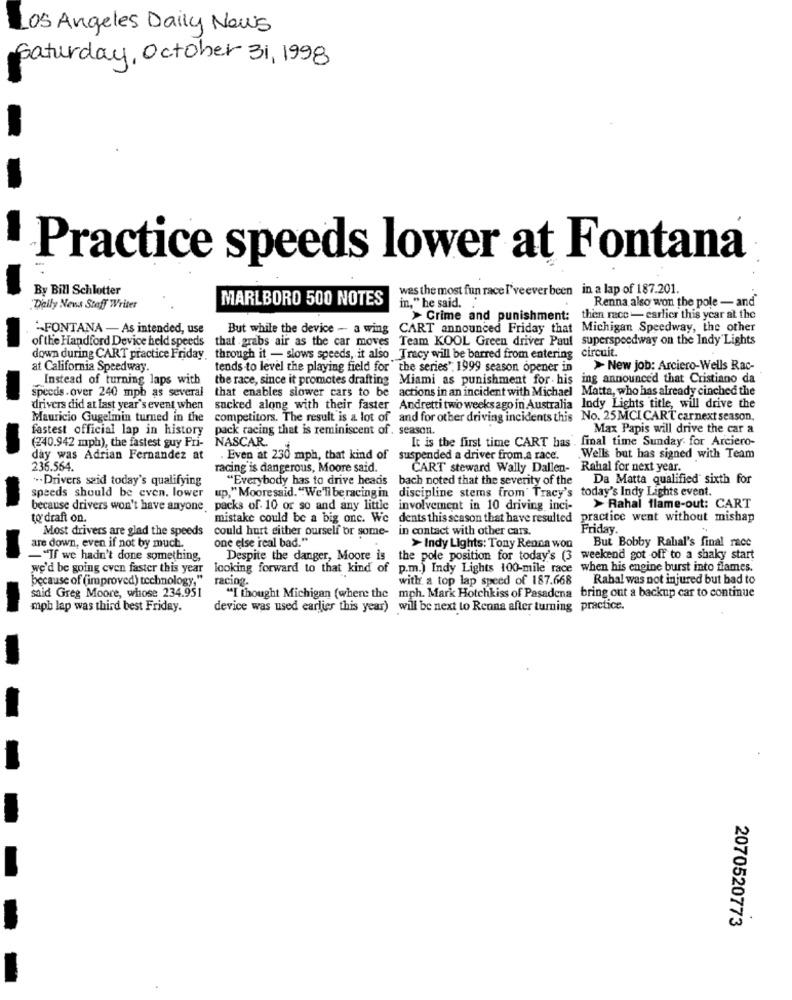
LOS Angeles Daily News
Saturday, October 31, 1998
Practice speeds lower at Fontana
By Bill Schlotter
was the most fun race I've ever been in a lap of 187.201.
MARLBORO 500 NOTES
Renna also won the pole - and
"Daily News Staff Writer
in," he said.
> Crime and punishment:
then race - earlier this year at the
"FONTANA - As intended, use
But while the device - a wing CART announced Friday that Michigan Speedway, the other
of the Handford Device held speeds
that grabs air as the car moves Team KOOL Green driver Paul superspeedway on the Indy Lights
down during CART practice Friday
through it - slows speeds, it also Tracy will be barred from entering circuit.
at California Speedway.
tends to level the playing field for the series". 1999 season opener in
> New job: Arciero-Wells Rac-
Instead of turning laps with
the race, since it promotes drafting Miami as punishment for . his ing announced that Cristiano da
speeds.over 240 mph as several
that enables slower cars to be actions in an incident with Michael Matta, who has already cinched the
drivers did at last year's event when
sacked along with their faster Andrettitwo weeksago in Australia lody Lights title, will drive the
Mauricio Gugelmin turned in the
competitors. The result is a lot of and for other driving incidents this No. 25MCI CART carnext season.
fastest official lap in history
pack racing that is reminiscent of . season.
Max Papis will drive the car a
NASCAR.
It is the first time CART has . final time Sunday for Arciero-
(240.942 mph), the fastest guy Fri-
day was Adrian Fernandez at
Even at 230 mph, that kind of suspended a driver from.a race.
Wells but has signed with Team
236.564.
racing is dangerous, Moore said.
CART steward Wally Dallen- Rahal for next year.
". Drivers said today's qualifying
"Everybody has to drive heads bach noted that the severity of the Da Matta qualified sixth for
up," Moore said. "We'll be racing in discipline stems from' Tracy's today's Indy Lights event.
speeds should be even. lower
because drivers won't have anyone, packs of. 10 or so and any little involvement in 10 driving inci-
> Rahal flame-out: CART
to draft on.
mistake could be a big one. We dents this season that have resulted practice went without mishap
Most drivers are glad the speeds could hurt either ourself or some-
in contact with other cars.
Friday.
one else real bad."
> Indy Lights: Tony Renna won But Bobby Rahal's final race
are down, even if not by much
-"If we hadn't done something,
Despite the danger, Moore
s the pole position for today's (3 weekend got off to a shaky start
we'd be going even faster this year looking forward to that kind of p.m.) Indy Lights 100-mile race when his engine burst into flames.
because of (improved) technology,"
racing.
with a top lap speed of 187.668 Rabal was not injured but bad to
said Greg Moore, whose 234.951
"I thought Michigan (where the mph. Mark Hotchkiss of Pasadena bring out a backup car to continue
mph lap was third best Friday.
device was used earlier this year) will be next to Renna after turning practice.
2070520773